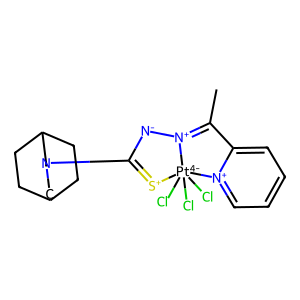
SMILES: CC1=[N+]2[N-]C(N3CC4CCC(CC4)C3)=[S+][Pt-4]2(Cl)(Cl)(Cl)[n+]2ccccc21
Inhibits HIV replication: No